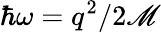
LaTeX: \hbar\omega=q^{2}/2\mathscr{M}